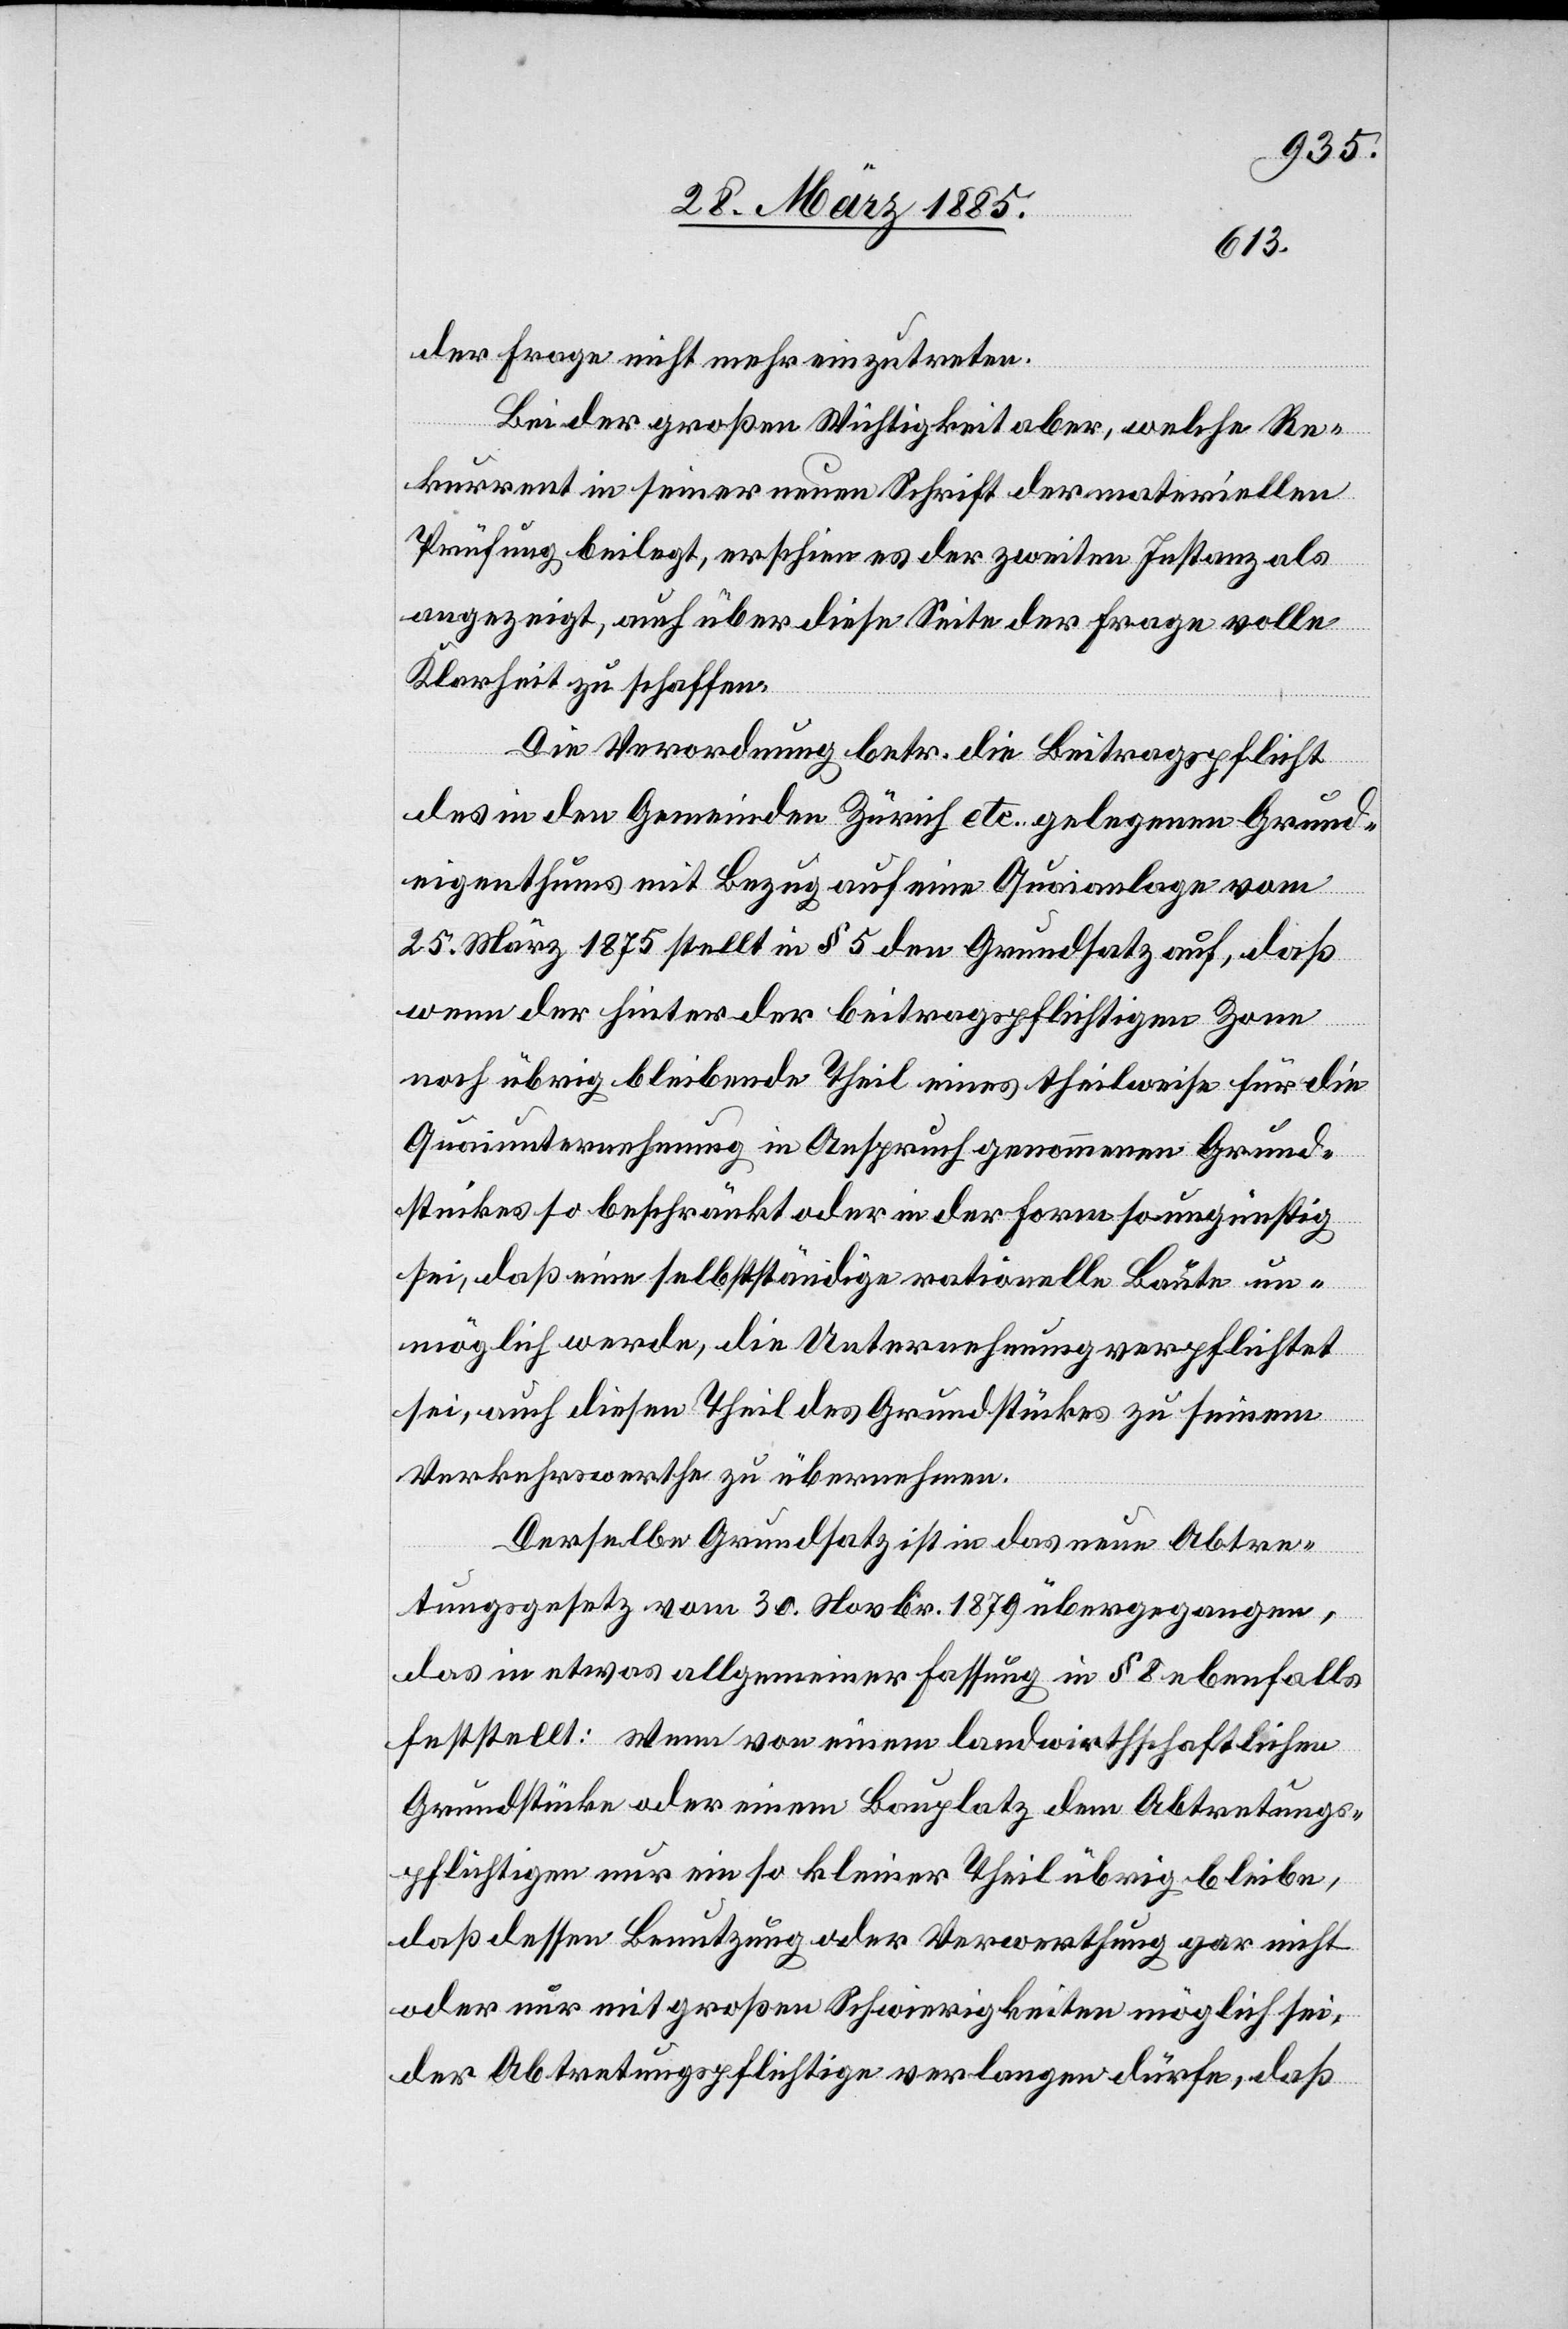
der Frage nicht mehr einzutreten.
Bei der großen Wichtigkeit aber, welche Re¬
kurrent in seiner neuen Schrift der materiellen
Prüfung beilegt, erschien es der zweiten Instanz als
angezeigt, auch über diese Seite der Frage volle
Klarheit zu schaffen.
Der Verordnung betr. die Beitragspflicht
des in den Gemeinden Zürich etc. gelegenen Grund¬
eigenthums mit Bezug auf eine Quaianlage vom
25. März 1875 stellt in § 5 den Grundsatz auf, daß
wenn der hinter der beitragspflichtigen Zone
noch übrig bleibende Theil eines theilweise für die
Quaiunternehmung in Anspruch genommenen Grund¬
stückes so beschränkt oder in der Form so ungünstig
sei, daß eine selbstständige rationelle Baute un¬
möglich werde, die Unternehmung verpflichtet
sei, auch diesen Theil des Grundstückes zu seinem
Verkehrswerthe zu übernehmen.
Derselbe Grundsatz ist in das neue Abtre¬
tungsgesetz vom 30. Novbr. 1879 übergegangen,
das in etwas allgemeiner Fassung in § 8 ebenfalls
feststellt: Wenn von einem landwirthschaftlichen
Grundstücke oder einem Bauplatz dem Abtretungs¬
pflichtigen nur ein so kleiner Theil übrig bleibe,
daß dessen Benutzung oder Verwerthung gar nicht
oder nur mit großen Schwierigkeiten möglich sei,
der Abtretungspflichtige verlangen dürfe, daß